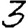
Digit: 3